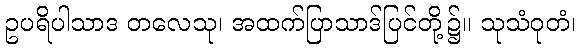
ဥပရိပါသာဒ တလေသု၊ အထက်ပြာသာဒ်ပြင်တို့၌။ သုသံဝုတံ၊